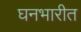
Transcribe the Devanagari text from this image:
घनभारीत